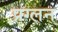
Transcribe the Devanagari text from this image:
प्रग्लन